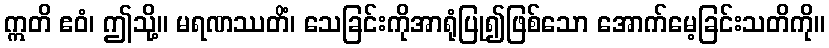
ဣတိ ဧဝံ၊ ဤသို့။ မရဏဿတိံ၊ သေခြင်းကိုအာရုံပြု၍ဖြစ်သော အောက်မေ့ခြင်းသတိကို။